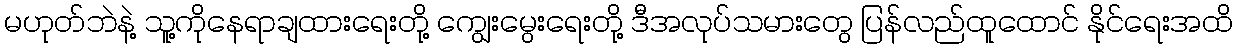
မဟုတ်ဘဲနဲ့ သူ့ကိုနေရာချထားရေးတို့ ကျွေးမွေးရေးတို့ ဒီအလုပ်သမားတွေ ပြန်လည်ထူထောင် နိုင်ရေးအထိ